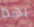
بهذا